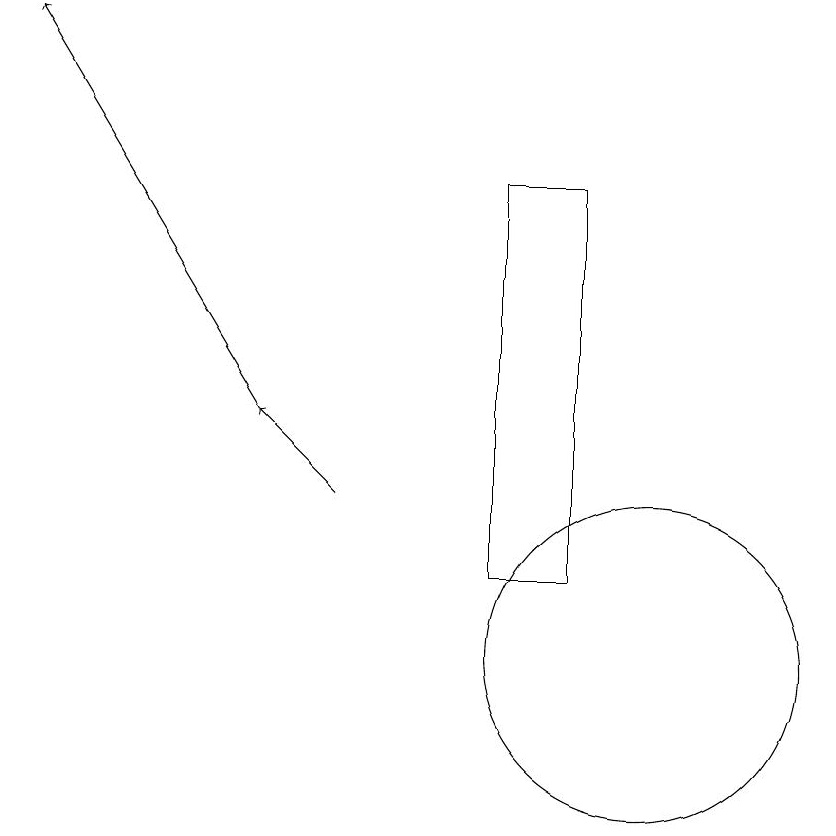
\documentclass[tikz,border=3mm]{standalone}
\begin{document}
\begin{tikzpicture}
\draw[->] (6,12) -- (5,13);
\draw[->] (5,13) -- (2,18);
\draw (10,10) circle (2);
\draw (8,16) rectangle (9,11);
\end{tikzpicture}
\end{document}